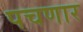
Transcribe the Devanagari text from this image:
पचणार